Lunatic asylums Madras 1892-1911 - 1892-1911
Year: 1892
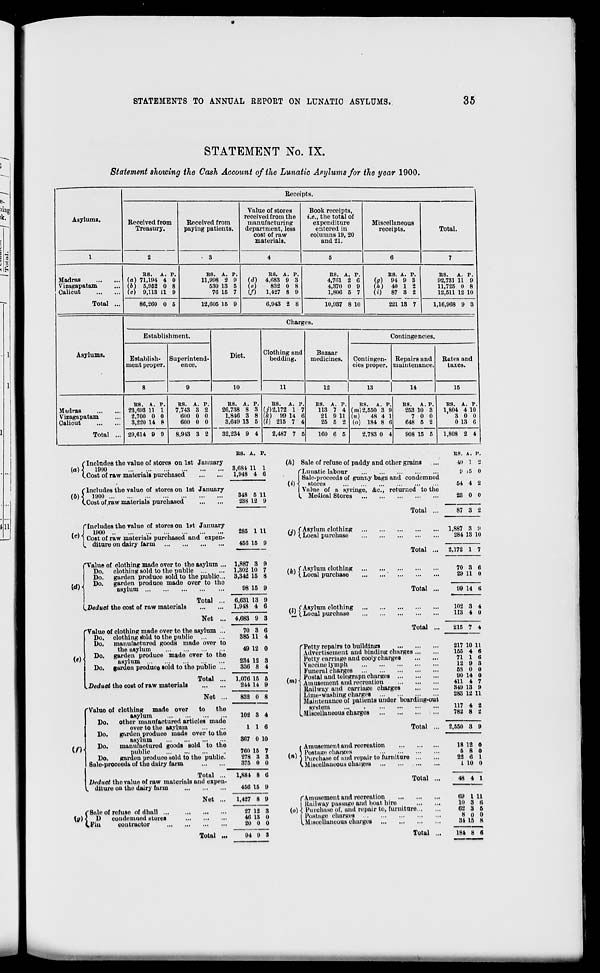
STATEMENTS TO ANNUAL REPORT ON LUNATIC ASYLUMS.
35
STATEMENT No. IX.
Statement showing the Cash Account of the Lunatic Anylums for the year 1900.
Asylums.
Receipts.
Received from
Treasury.
Received from
paying patients.
Value of stores
received from the
manufacturing
department, less
cost of raw
materials.
Book receipts,
i.e., the total of
expenditure
entered in
columns 19, 20
and 21.
Miscellaneous
receipts.
Total.
l
2
3
4
5
6
7
Madras
Vizagapatam
Calicut
Total ...
Ha. A. p.
(a) 71,194 4 0
(6) 5,952 0 8
(c) 9,113 11 9
ES. A. P.
11,998 2 9
530 13 5
76 15 7
ES. A. P.
id) 4,083 9 3
(e)
832 0 8
(/)
1,427 8 9
ES. A. P.
4,701 2 6
4,370 0 9
1,806 5 7
E8. A. P.
(flO 94 9 3
(h) 40 1 2
(i) 87 3 2
ES. A. P.
92,731 11 9
11,725 0 8
12,511 12 10
86,260 0 5
12,605 15 9
6,943 2 8
10,937 8 10
221 13 7
1,16,968 9 3
Asylums.
Charges.
Establishment.
Diet.
Clothing and
bedding.
Bazaar
medicines.
Contingencies.
Establish-
ment proper.
Superintend-
ence.
Contingen-
cies proper.
Repairs and
maintenance.
Rates and
taxes.
8
9
10
11
12
13
14
15
Madras
Vizagapatam
Calicut
Total ...
ES. A. P.
23,093 11 1
2,700 0 0
3,220 14 8
ES. A. P.
7,743 3 2
600 0 0
600 0 0
ES. A. P.
26,738 8 3
1,846 3 8
3,649 13 5
ES. A. P
(j')2,172 1 7
(k) 99 14 (
(I) 215 7 4
ES. A. P.
113 7 4
1
21 9 11
25 5 2
RS. A. P.
tm)2,650 3 9
(n)
48 4 1
(o) 184 8 6
ES. A. P.
253 10 3
7 0 0
648 5 2
BS. A. P.
1,804 4 10
3 0 0
0 13 6
29,614 9 9
8,913 3 2
32,234 9 4
2,487 7 £ .
160 6 5
2.783 0 4
908 15 5
1,808 2 4
(Includes the value of stores on 1st January
[a)]
1900
(.Cost of raw materials purchased
("Includes the value of stores on 1st January
{b)\ 1000
(.Cost of .raw materials purchased
f Includes the value of stores on 1st January
,„J 1900
vc ' i Cost of raw materials purchased and expen-
l. diture on dairy farm
(<*H
'Value of clothing made over to the asylum ...
Do. clothing sold to the public
Do. garden produoe sold to the public...
Do. garden produoe made over to tho
asylum
^Deduct the cost of raw materials
Total
Net
(«)
'Value of clothing made over to the asylum ...
Do. clothing fold to the public
Do. manufactured goods made over to
the asylum
Do. garden produce made over to the
asylum
Do. garden produce sold to the public ...
.Deduct the cost of raw materials
it)'
Total ...
Net ...
to
the
Value of clothing made over
asylum
Do.
other manufactured articles made
over to the asylum
Do.
garden produce made over to the
asylum
Do.
manufactured goods Bold to the
public
Do.
garden produce sold to the public.
Sale-proceeds of the dairy farm
Total .
Deduct the value of raw materials and expen-
diture on the dairy farm
( Sale of refuse of dhall ...
\g) X D
condemned stores
(.Pin
contractor
Net
Total
E8. A. p.
3,681 11
1,948 4
1
0
348 5
238 12
11
9
285 1 11
456 15 9
1,887 8 9
1,302 10 7
3,342 15 8
98 15 9
6,631 13
1,948 4
9
6
4,683 9 3
70 3 6
385 11 4
49 12 0
234 12 3
336 8 4
1,076 15 6
244 14 9
832 0 8
102 3 4
116
367 0 10
760 15 7
278 8 3
375 0 0
1,881 8
456 15
0
0
1,427 8 9
27 12
46 13
20 0
3
(»
0
,
94 9 s
(h) Sale of refuse of paddy and other grains
['Lunatic labour
i Sale-proceeds of gunr.y bags and condemned
(i)< stores
I Value of a syringe, &c, returned to the
(. Medical Stores
(j\ ("Asylum clothing
yjl (.Local purchase
(k) f Asyluin clothing
v ' ( Local purchase
.,. ("Asylum clothing
li C Local purchase
Total
Total ...
Total ...
Total ...
'"Petty repairs to buildings
Advertisement and binding charges
Petty carriage and cooly charges
Vaccine lymph
Funeral charges
, Postal and tolegrapn charges
1 > Amusement and recreation
Railway and carriage charges
Lime-washing charges
Maintenance of patients under boarding-out
system
.Miscellaneous charges
Total
# Amusement and recreation
. > ) Postage charges
yn > ) Purchase of and repair to furniture
(.Miscellaneous ohaiges
Total
("Amusement and recreation
| Railway passage and boat hire
(o) \ Purchase of, and repair to, furniture.
I Postage charges
(.Miscellaneous charges
ES. A. P.
•Ul 1 9
9 15 (I
54 4 2
23 0 0
87 a 2
1,887 3 9
284 13 10
2,172 I 7
70 3
29 11
6
0
99 14 6
102
113
8
4
4
0
215 f 1
Total
217 10 11
155 4 6
71 1 6
12 9 8
68 0 0
90 14 0
411 4 7
849 13 9
283 12 11
117 4 2
782 8 2
2,550 3 9
18 12 0
6 8 0
22 « 1
1 10 0
48 4 1
69 1 U
10 3 6
62 3 6
8 0 0
31 15 K
181 H 6